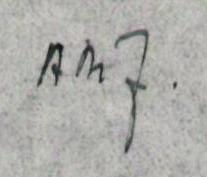
AMJ.